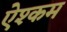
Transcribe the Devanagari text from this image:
ऐश्कम